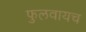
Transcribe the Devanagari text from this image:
फुलवायच